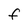
Character: F